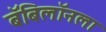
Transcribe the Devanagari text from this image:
बॅबिलॉनला